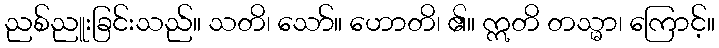
ညစ်ညူးခြင်းသည်။ သတိ၊ သော်။ ဟောတိ၊ ၏။ ဣတိ တသ္မာ၊ ကြောင့်။